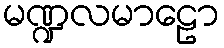
မဏ္ဍလမာဠော